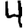
Digit: 4